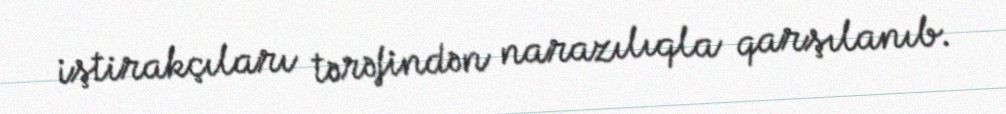
iştirakçıları tərəfindən narazılıqla qarşılanıb.